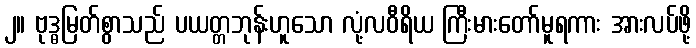
၂။ ဗုဒ္ဓမြတ်စွာသည် ပယတ္တဘုန်းဟူသော လုံ့လဝီရိယ ကြီးမားတော်မူရကား အားလပ်ဖို့